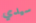
سيدي